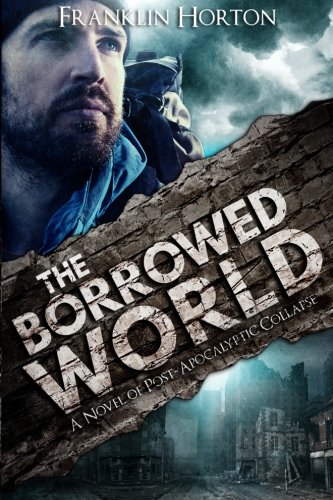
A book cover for The Borrowed World: A Novel of Post-Apocalyptic Collapse (Volume 1); Franklin Horton; Science Fiction & Fantasy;